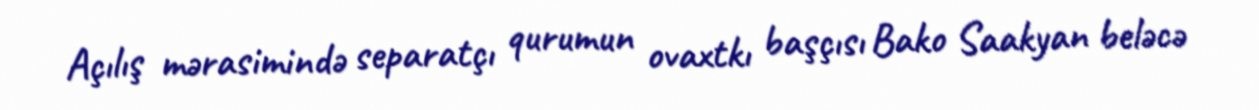
Açılış mərasimində separatçı qurumun ovaxtkı başçısı Bako Saakyan beləcə